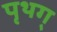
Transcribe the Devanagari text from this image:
पृथग्